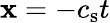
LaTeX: \mathbf{x}=-c_{\mathrm{{s}}}t